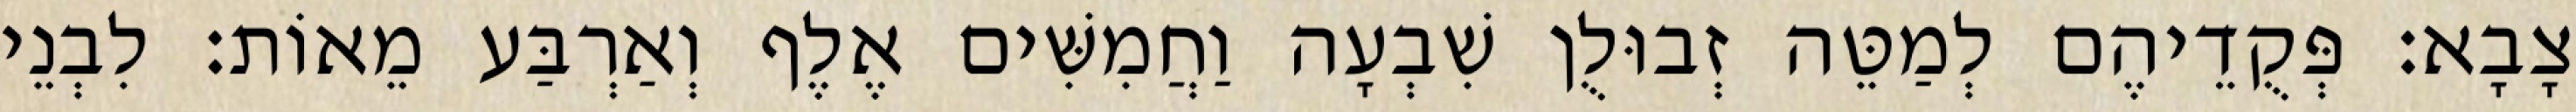
צָבָא׃ פְּקֻדֵיהֶם לְמַטֵּה זְבוּלֻן שִׁבְעָה וַחֲמִשִּׁים אֶלֶף וְאַרְבַּע מֵאוֹת׃ לִבְנֵי